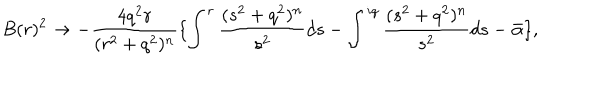
B ( r ) ^ { 2 } \rightarrow - \frac { 4 q ^ { 2 } r } { ( r ^ { 2 } + q ^ { 2 } ) ^ { n } } \lbrace \int ^ { r } \frac { ( s ^ { 2 } + q ^ { 2 } ) ^ { n } } { s ^ { 2 } } d s - \int ^ { i q } \frac { ( s ^ { 2 } + q ^ { 2 } ) ^ { n } } { s ^ { 2 } } d s - \bar { \alpha } \rbrace ,